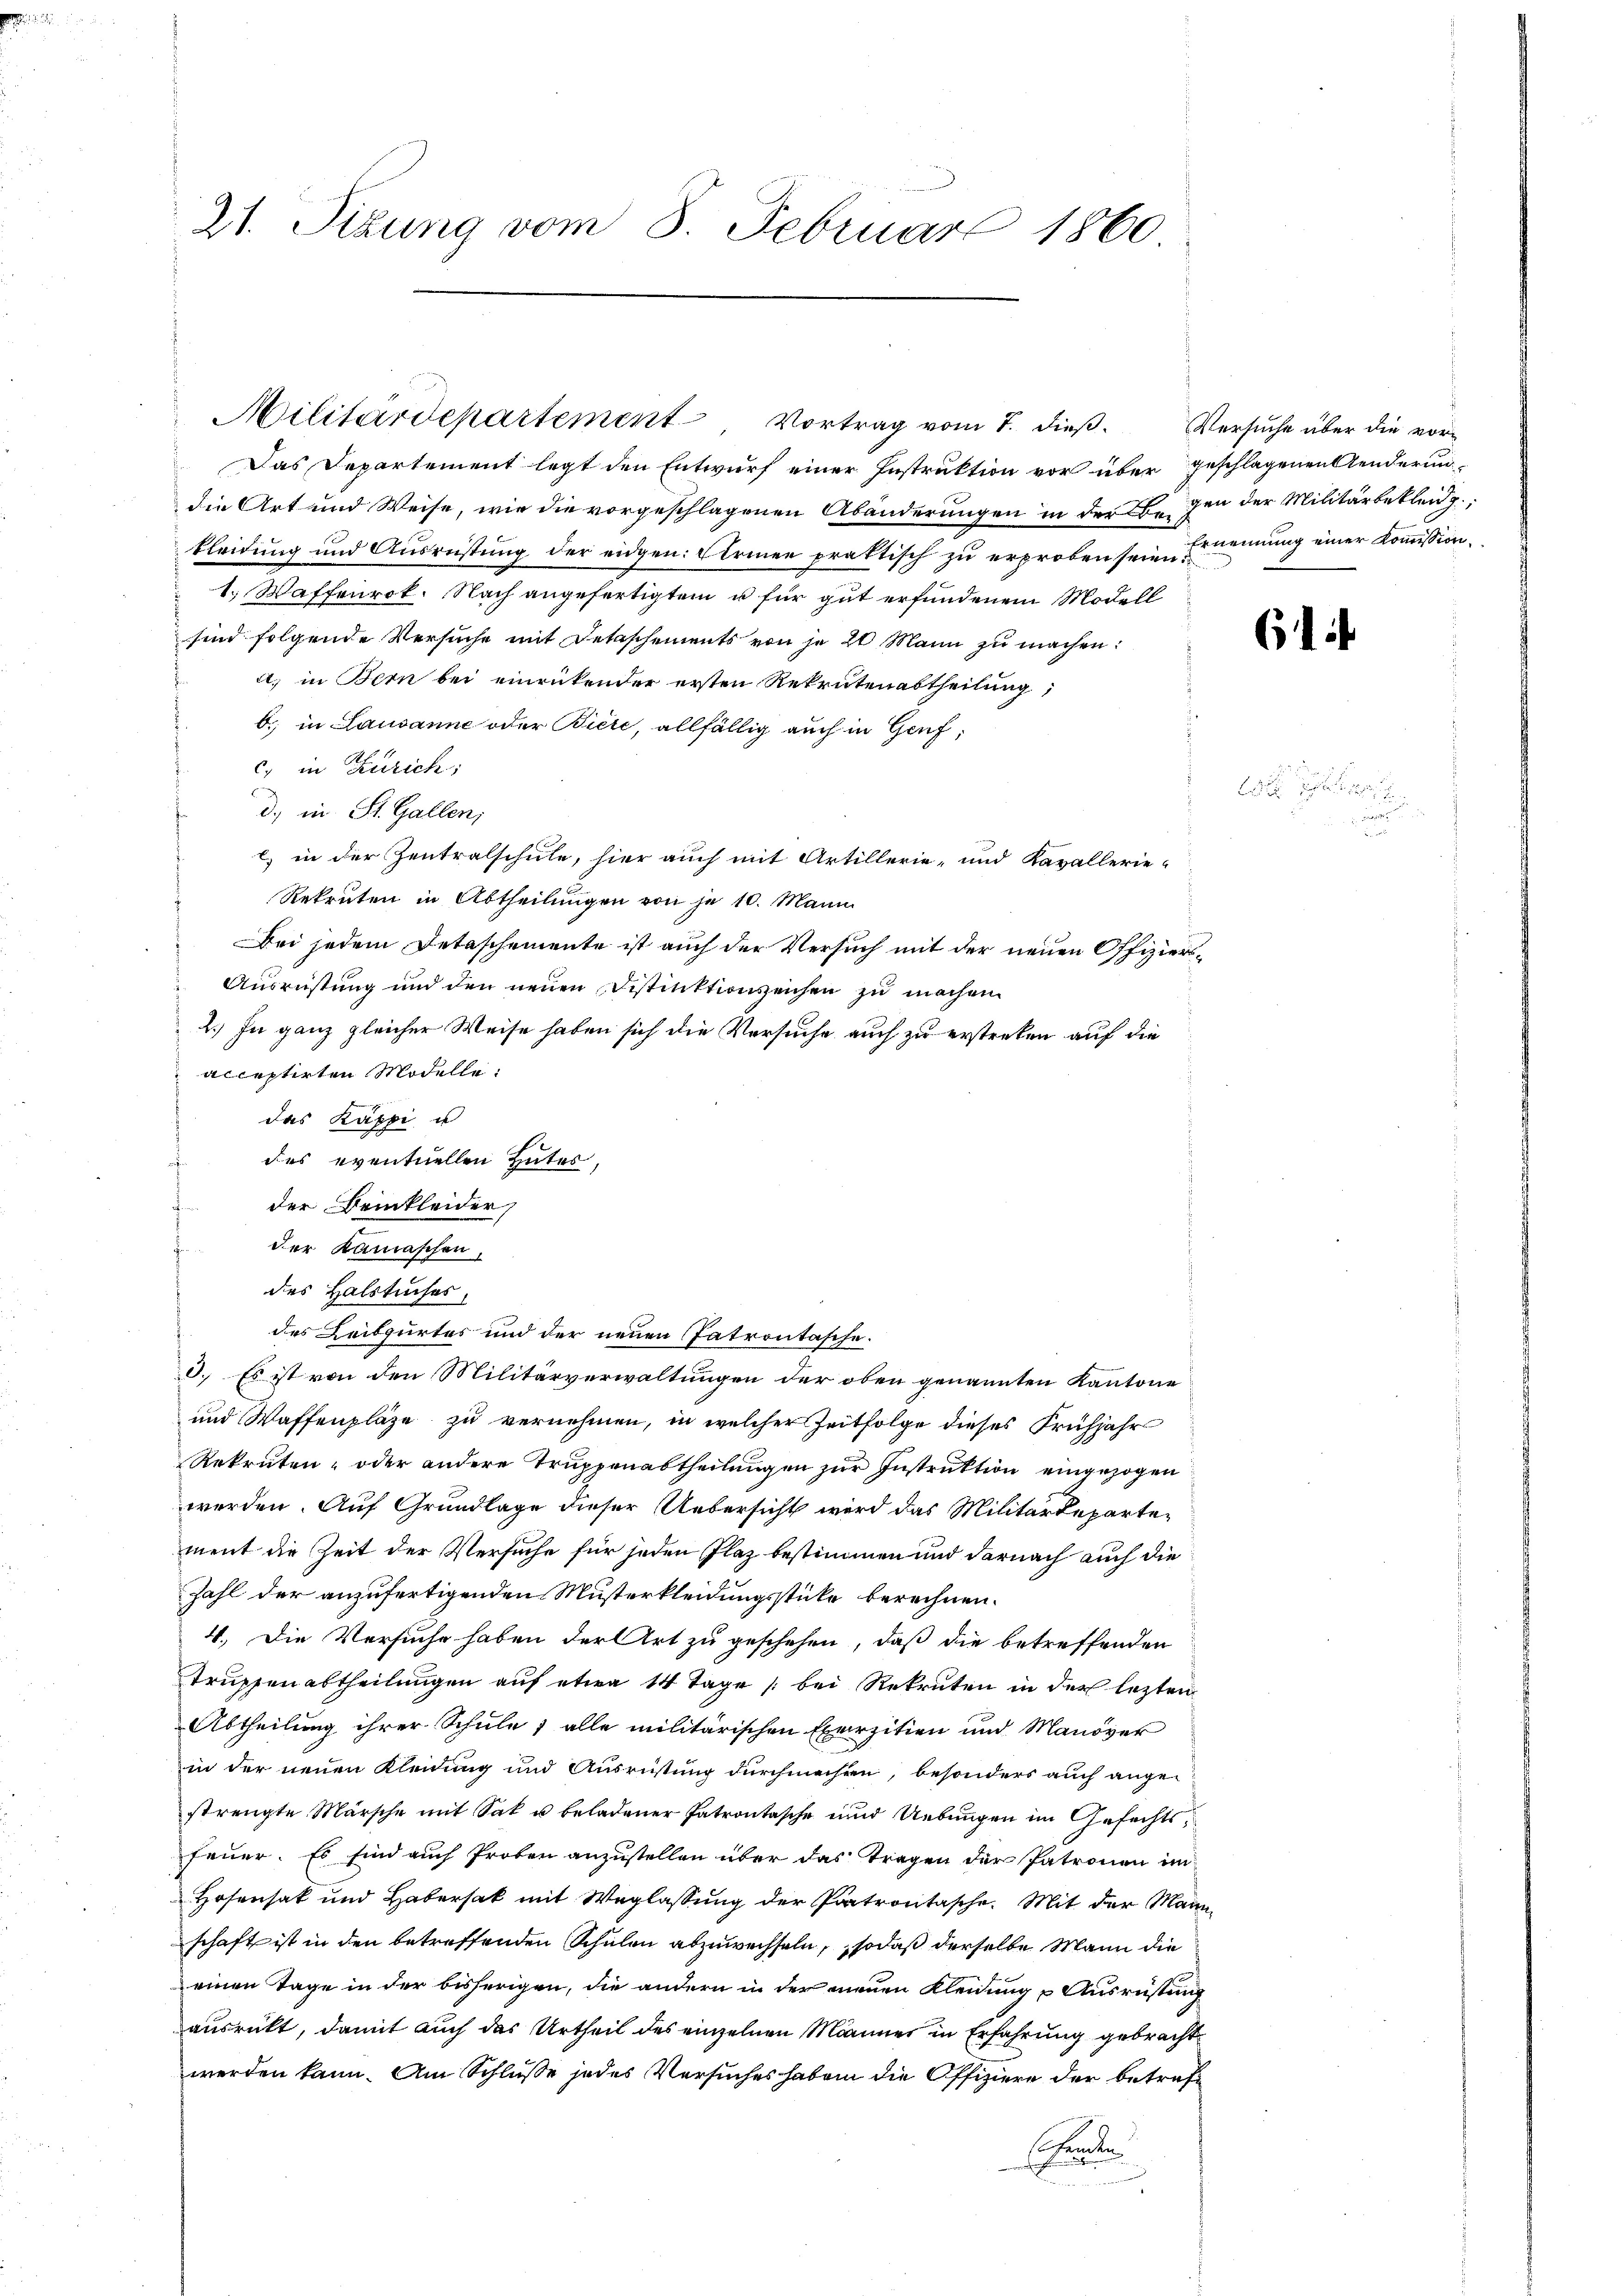
21. Sizung vom 8. Februar 1860

Das Departement legt den Entwurf einer Instruktion vor über geschlagenen Tenderun
die Art und Weise, wie die vorgeschlagenen Abänderungen in der Ehegen der Militärbekleid,
kleidung und Ausrüstung der eidgen. Ferien praktisch zu erproben sein. Ernennung einer Kommission.
1. Waffenrok. Nach angefertigten u für gut erfundenem Modell
sind folgende Versuche mit Detaschements von je 20 Mann zu machen:
a) in Bern bei einrückender ersten Rekrutenabtheilung,
b. in Lausanne oder Biete, allfällig auch in Genf,
c) in Zürich;
d. in St. Gallen,
) in der Zentralschule, hier auch mit Artillerie- und Kavallerie-
Rekruten in Abtheilungen von je 10. Mann
Bei jedem Detaschemente ist auch der Versuch mit der neuen Offiziers¬
Ausrüstung und den neuen Distinktion zeichen zu machen.
2.) In ganz gleicher Weise haben sich die Versuche auch zu erstreken auf die
acceptirten Modelle:
das Käppi u
des eventuellen Hutes,
der Beinkleider
der Kamaschen,
des Halstuches.
des Leibgurtes und der neuen Patrontasche.
3. Es ist von den Militärverwaltungen der oben genannten Kantone
und Waffenplätze zu vernehmen, in welcher Zeitfolge dieses Frühjahr
Rekruten- oder andere Truppenabtheilungen zur Instruktion eingezogen
werden. Auf Grundlage dieser Uebersicht wird das Militärdepartement die Zeit der Versuche für jeden Plaz bestimmen und darnach auch die
Zahl der anzufertigenden Musterkleidungsstücke berechnen.
4. Die Versuche haben der Art zu geschehen, daß die betreffenden
Trupfenabtheilungen auf etwa 14 Tage bei Rekruten in der lezten
Abtheilung ihrer Schule & alle militärischen Exerzitien und Manöver
in der neuen Kleidung und Ausrüstung durchmachen, besonders auch ange-
strengte Märsche mit Sak u beladener Patrontasche und Uebungen im Gefechtsfeuer. Es sind auch Proben anzustellen über das Tragen der Patronen im
Hosensat und Habersak mit Weglassung der Patrontasche. Mit der Mann
schaft ist in den betreffenden Schulen abzuwechseln, sodaß derselbe Mann die
einen Tage in der bisherigen, die andern in der neuen Kleidung Ausrüstung
ausrückt, damit auch das Urtheil des einzelnen Männer in Erfahrung gebracht
werden kann. Am Schlüsse jedes Versuches haben die Offiziere der betrefshanden

Militärdepartement Vortrag vom 7. dieß Versuche über die vor¬

61